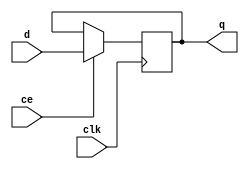
module ffps(clk,q,d,ce);
input clk,d,ce;
output q;
reg q;

always @(negedge clk)
    begin
    if(ce)
        q<=d;
    end
endmodule